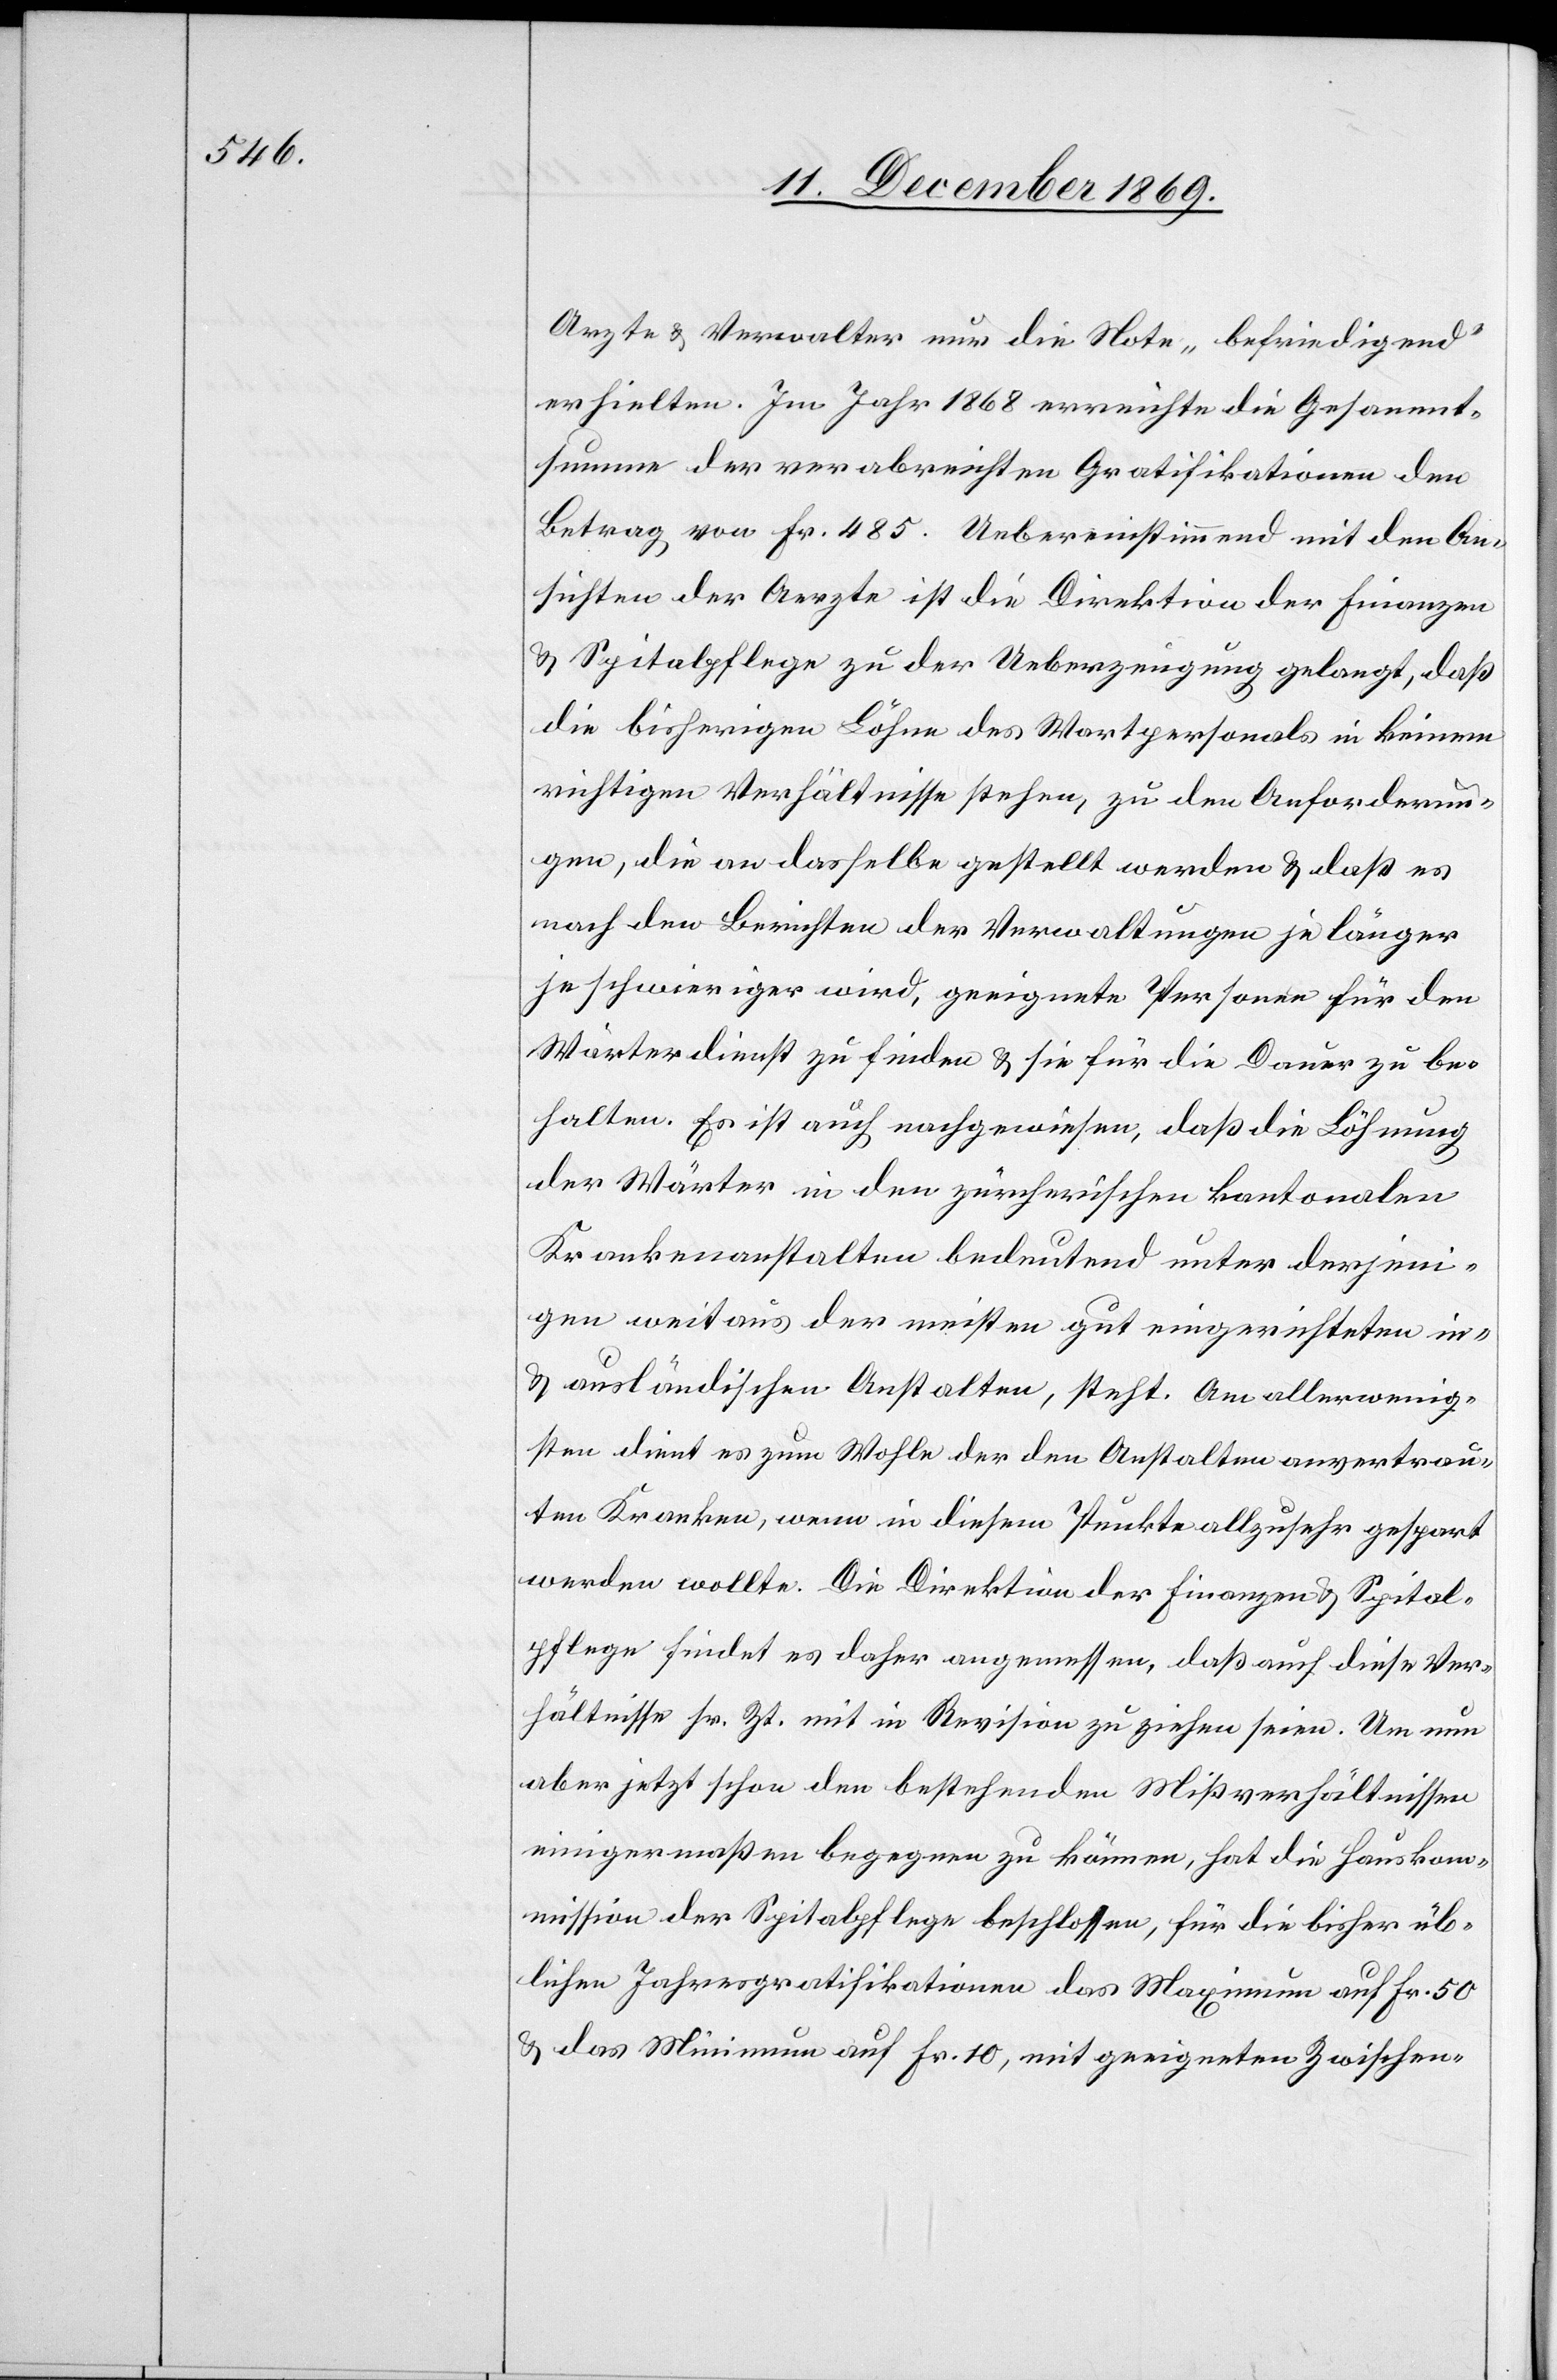
Arzte & Verwalter nur die Note „befriedigend“
erhielten. Im Jahr 1868 erreichte die Gesammt¬
summe der verabreichten Gratifikationen den
Betrag von Fr. 485. Uebereinstimmend mit den An¬
sichten der Aerzte ist die Direktion der Finanzen
& Spitalpflege zu der Ueberzeugung gelangt, daß
die bisherigen Löhne des Wartpersonals in keinem
richtigen Verhältnisse stehen, zu den Anforderun¬
gen, die an dasselbe gestellt werden & daß es
nach den Berichten der Verwaltungen je länger
je schwieriger wird, geeignete Personen für den
Wärterdienst zu finden & sie für die Dauer zu be¬
halten. Es ist auch nachgewiesen, daß die Löhnung
der Wärter in den zürcherischen kantonalen
Krankenanstalten bedeutend unter derjeni¬
gen weitaus der meisten gut eingerichteten in-
& ausländischen Anstalten, steht. Am allerwenig¬
sten dient es zum Wohle der den Anstalten anvertrau¬
ten Kranken, wenn in diesem Punkte allzusehr gespart
werden wollte. Die Direktion der Finanzen & Spital¬
pflege findet es daher angemessen, daß auch diese Ver¬
hältnisse sr. Zt. mit in Revision zu ziehen seien. Um nun
aber jetzt schon den bestehenden Mißverhältnissen
einigermaßen begegnen zu können, hat die Hauskom¬
mission der Spitalpflege beschlossen, für die bisher üb¬
lichen Jahresgratifikationen das Maximum auf Fr. 50
& das Minimum auf Fr. 10, mit geeigneten Zwischen-